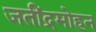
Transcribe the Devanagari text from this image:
जतींद्रमोहन